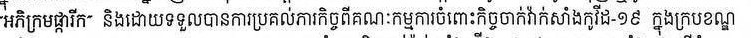
"អភិក្រមផ្ការីក" និងដោយទទួលបានការប្រគល់ភារកិច្ចពីគណៈកម្មាការចំពោះកិច្ចចាក់វ៉ាក់សាំងកូវីដ-១៩ ក្នុងក្របខណ្ឌ